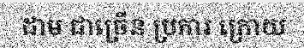
ដាម ជាច្រើន ប្រការ ក្រោយ